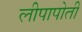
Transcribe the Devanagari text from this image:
लीपापोती